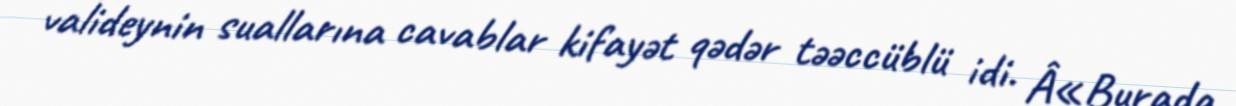
valideynin suallarına cavablar kifayət qədər təəccüblü idi. Â«Burada